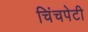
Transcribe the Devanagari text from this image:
चिंचपेटी